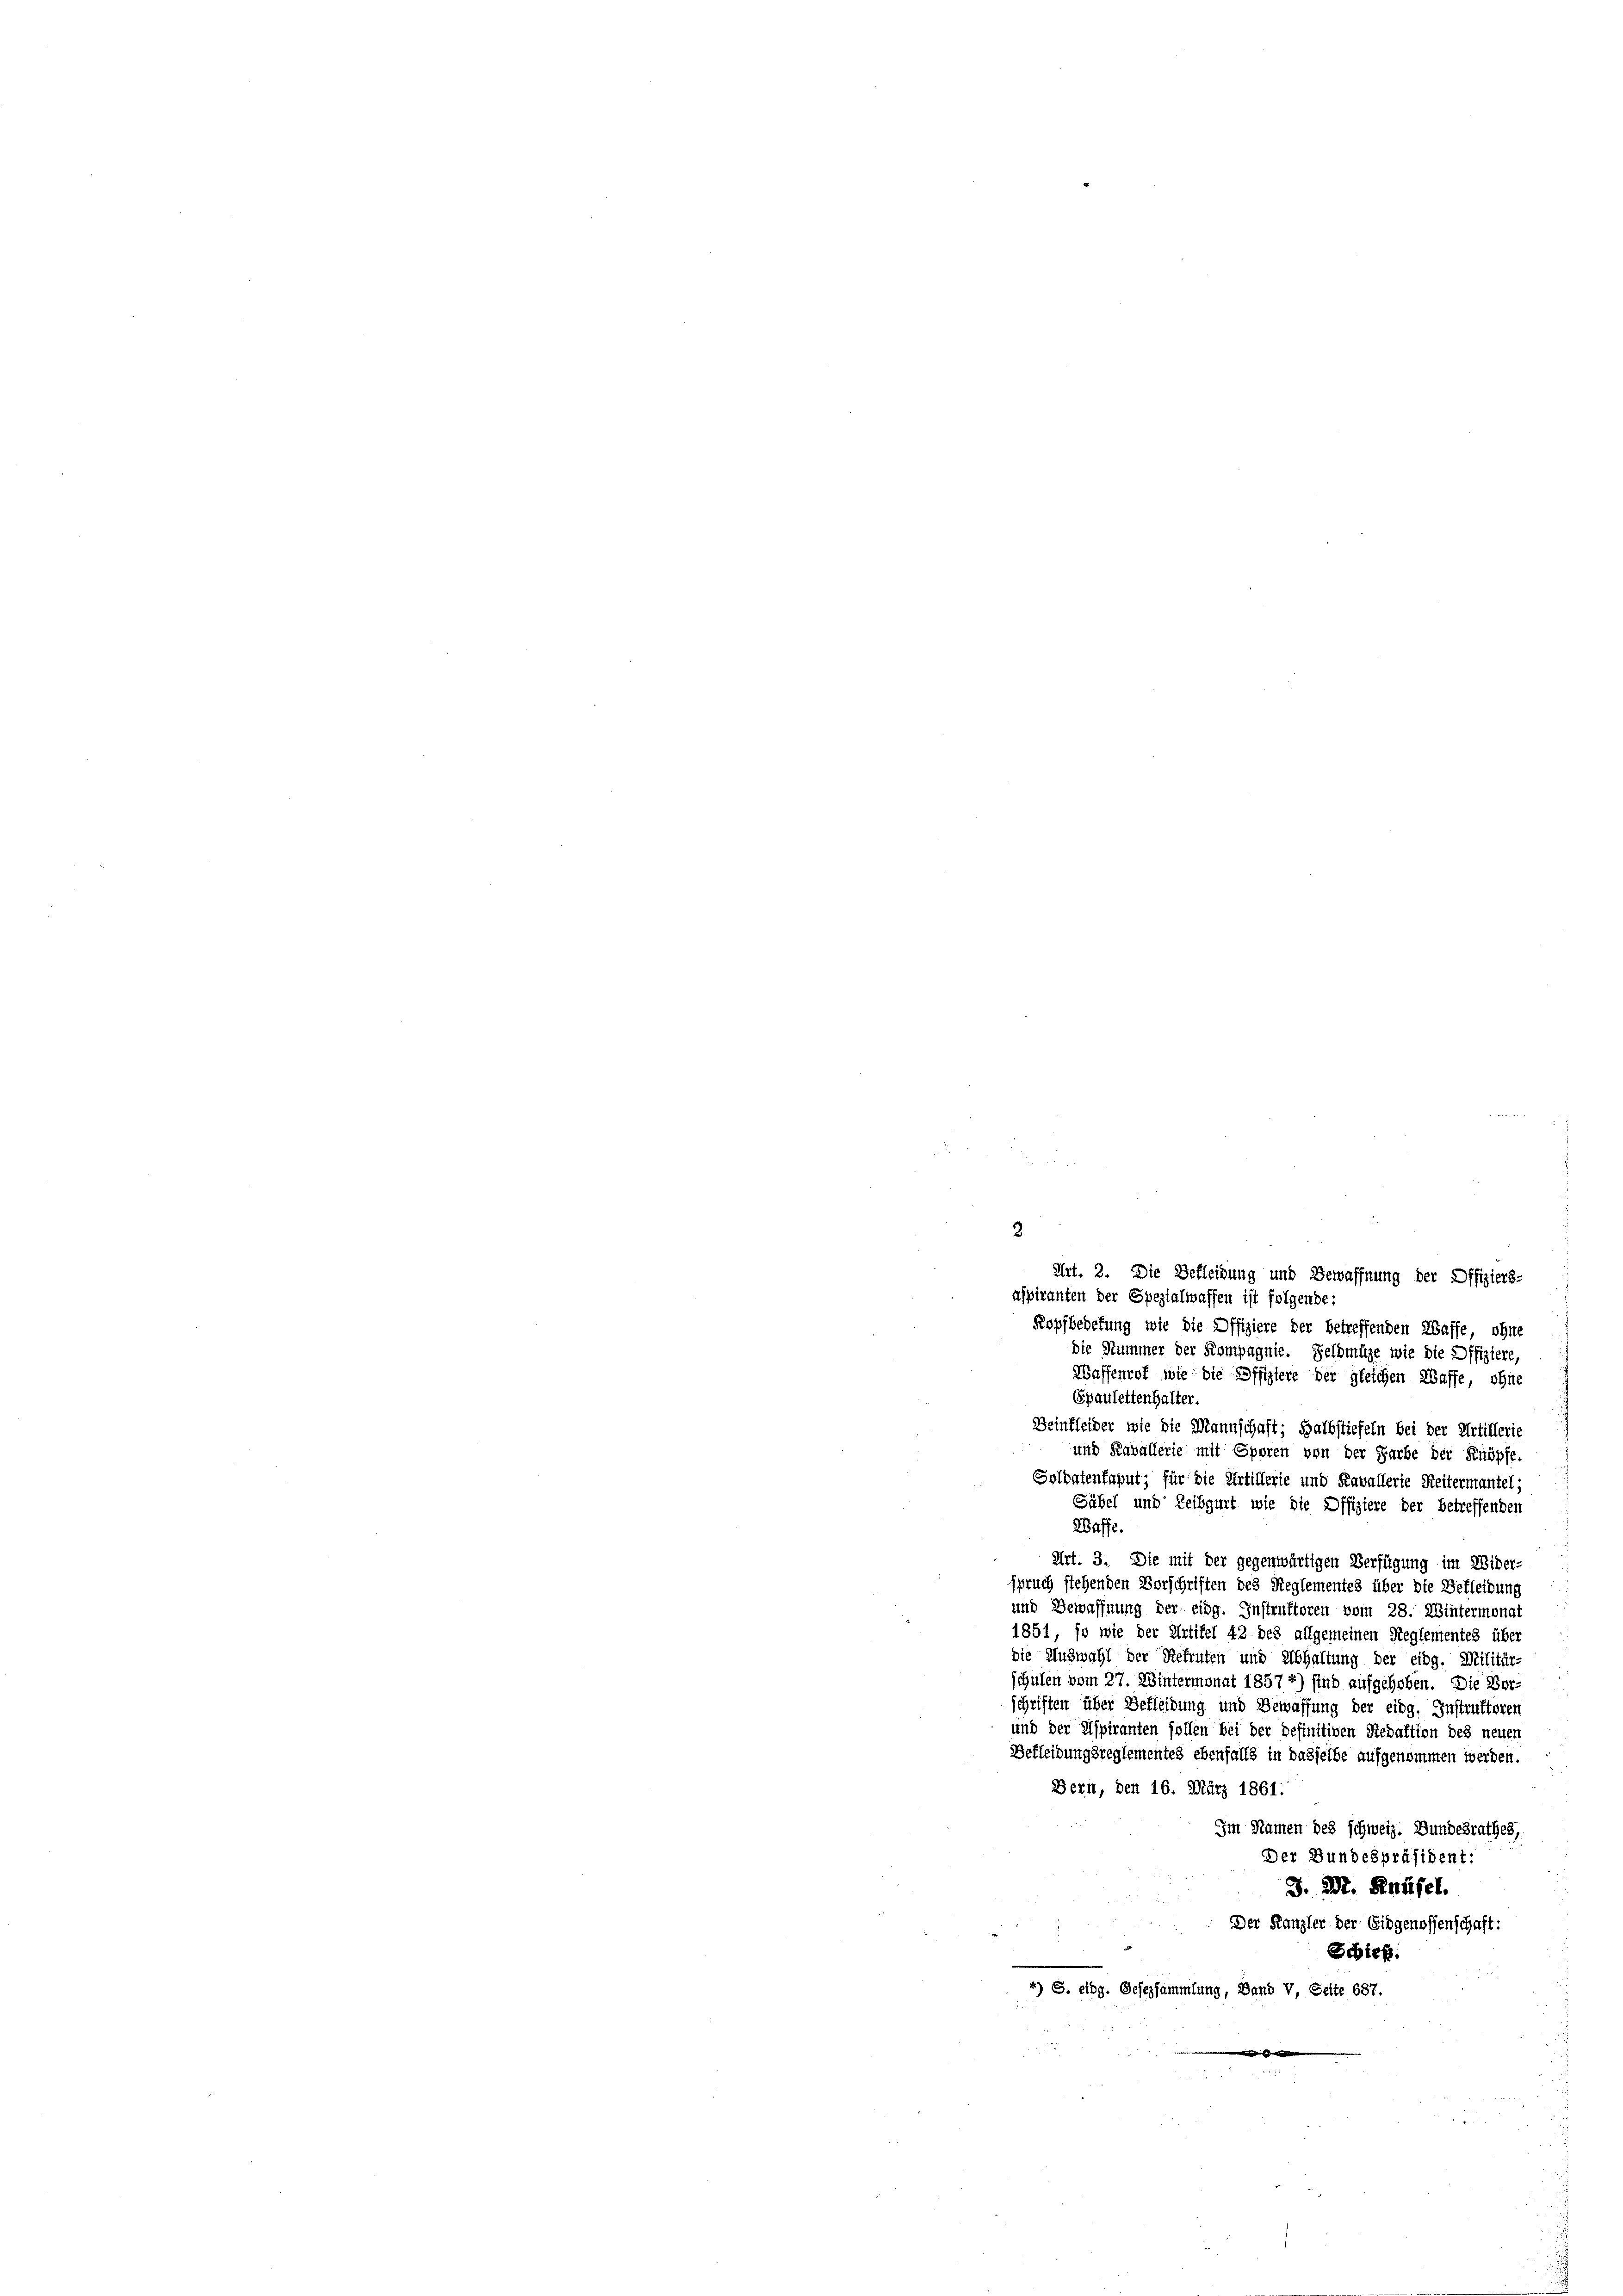
Waffenrot wie die Offiziere der gleichen Waffe, ohne
Spaulettenhalter.
Beinkleider wie die Mannschaft; Halbstiefeln bei der Artillerie
und Kavallerie mit Spören von der Farbe der Knöpfe.
Soldatenfaput; für die Artillerie und Kavallerie Reitermantel;
Säbel und Leibgurt wie die Offiziere der betreffenden
Waffe
Art. 3. Die mit der gegenwärtigen Verfügung im Wider-
spruch stehenden Vorschriften des Reglementes über die Bekleidung
und Bewaffnung der eidg. Instruktoren vom 28. Wintermonat
1851, so wie der Artikel 42 des allgemeinen Reglementes über
die Auswahl der Rekruten und Abhaltung der eidg. Militär-
schulen vom 27. Wintermonat 1857 *) sind aufgehoben. Die Ver-
schriften über Beflelbung und Bewaffung der eidg. Instruktoren
und der Aspiranten sollen bei der definitiven Redaktion des neuen
Bekleidungsreglementes ebenfalls in dasselbe aufgenommen werden.
Bern, den 16. März 1861.
Im Namen des schweiz. Bundesrathes,
Der Bundespräsident:
J. M. Knüsel.
Der Kanzler der Eidgenossenschaft:
Schief.
4) S. eidg. Gesersammlung, Band V, Seite 687.

a

2
Art. 2. Die Bekleidung und Bewaffnung der Offiziers-
aspiranten der Spezialwaffen ist folgende:
Kopfbedefung wie die Offiziere der betreffenden Waffe, ohne
Die Nummer der Kompagnie. Selbmüge wie die Offiziere,